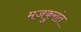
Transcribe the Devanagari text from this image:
मजकुरांत